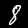
Digit: 8